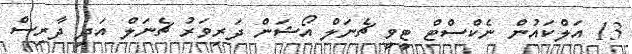
13 އަލްކައުން ނެކްސްޓް ޓީވީ ޗެނަލް އޯޝަން ދަރިވަރު ޗެނަލް އަދި ދާރިސް